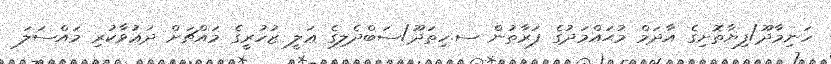
ހަނިމާދޫ/ފިޔާތޮށިގެ އާދަމް މުޙައްމަދުގެ ފަރާތުން ސ.ހިތަދޫ/ސަބްދެލިގެ ޢަލީ ޒުހުރީގެ މައްޗަށް ދަޢުވާކުރި މައްސަލަ